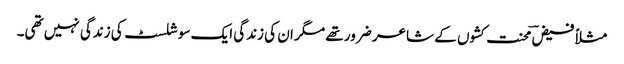
مثلاً فیضؔ محنت کشوں کے شاعر ضرور تھے مگر ان کی زندگی ایک سوشلسٹ کی زندگی نہیں تھی۔